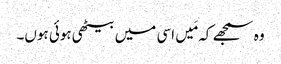
وہ سمجھے کہ مَیں اسی میں بیٹھی ہوئی ہوں۔